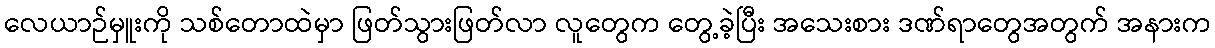
လေယာဉ်မှူးကို သစ်တောထဲမှာ ဖြတ်သွားဖြတ်လာ လူတွေက တွေ့ခဲ့ပြီး အသေးစား ဒဏ်ရာတွေအတွက် အနားက